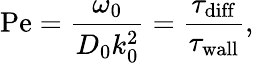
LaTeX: \mathrm{Pe}=\frac{\omega_{0}}{D_{0}k_{0}^{2}}=\frac{\tau_{\mathrm{diff}}}{\tau_{\mathrm{wall}}},